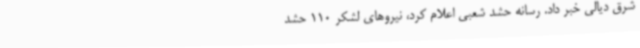
شرق دیالی خبر داد. رسانه حشد شعبی اعلام کرد، نیروهای لشکر 110 حشد